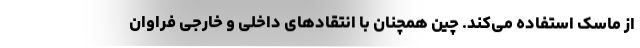
از ماسک استفاده می‌کند. چین همچنان با انتقادهای داخلی و خارجی فراوان